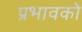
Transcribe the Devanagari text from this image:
प्रभावको